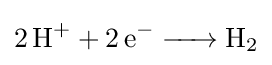
{\ce {2H+ + 2e- -> H2}}